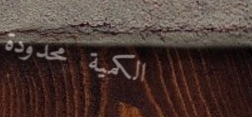
الكمية محدودة